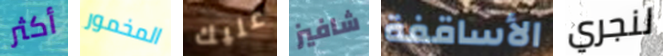
أكثر المخمور عليك شافيز الأساقفة لنجري